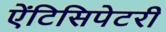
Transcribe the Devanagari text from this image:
ऐंटिसिपेटरी